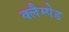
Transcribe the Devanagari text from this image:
क्लैम्पेड